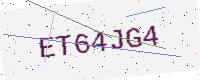
Text: ET64JG4